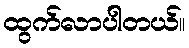
ထွက်လာပါတယ်။